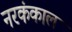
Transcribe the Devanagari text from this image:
नरकंकाल